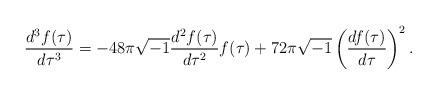
LaTeX: \begin{align*}\frac{d^3f(\tau)}{d\tau^3}=-48\pi\sqrt{-1}\frac{d^2f(\tau)}{d\tau^2}f(\tau)+72\pi\sqrt{-1}\left(\frac{df(\tau)}{d\tau}\right)^2.\end{align*}